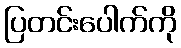
ပြတင်းပေါက်ကို